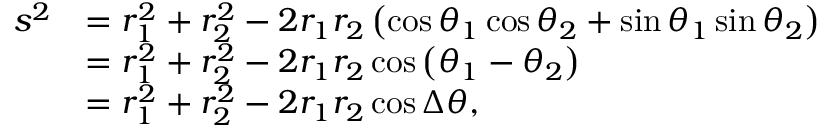
{ \begin{array} { r l } { s ^ { 2 } } & { = r _ { 1 } ^ { 2 } + r _ { 2 } ^ { 2 } - 2 r _ { 1 } r _ { 2 } \left( \cos \theta _ { 1 } \cos \theta _ { 2 } + \sin \theta _ { 1 } \sin \theta _ { 2 } \right) } \\ & { = r _ { 1 } ^ { 2 } + r _ { 2 } ^ { 2 } - 2 r _ { 1 } r _ { 2 } \cos \left( \theta _ { 1 } - \theta _ { 2 } \right) } \\ & { = r _ { 1 } ^ { 2 } + r _ { 2 } ^ { 2 } - 2 r _ { 1 } r _ { 2 } \cos \Delta \theta , } \end{array} }